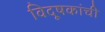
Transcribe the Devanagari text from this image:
विदूषकांची